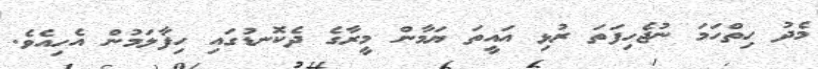
މެދު ހިތްހަމަ ނުޖެހިފަތަ ރުޅި އައީތަ ޔަމާން މީރާގެ ދެކޮނޑުގައި ހިފާލަމުން އެހިއެވެ.